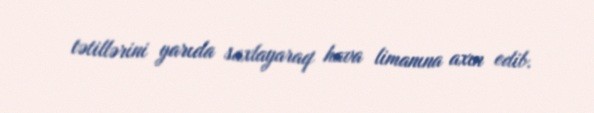
tətillərini yarıda saxlayaraq hava limanına axın edib.